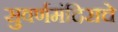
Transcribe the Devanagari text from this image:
सुवर्णमंदिराचे